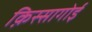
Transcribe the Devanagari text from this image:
क़िस्सागोई